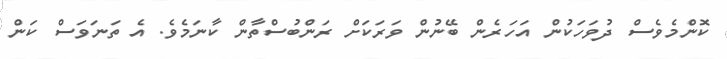
ކޮންމެވެސް ދުވަހަކުން އަހަރެން ބޭނުން ވަރަކަށް ރަންބުސްތާން ކާނަމެވެ. އެ ތަނަވަސް ކަން